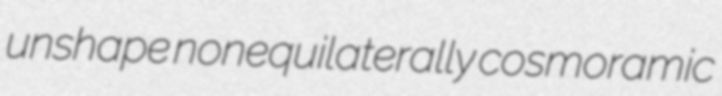
unshape nonequilaterally cosmoramic